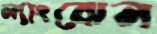
ল্যাংঝেন